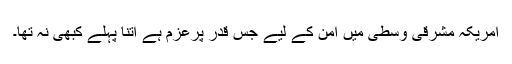
امریکہ مشرقی وسطیٰ میں امن کے لیے جس قدر پرعزم ہے اتنا پہلے کبھی نہ تھا۔